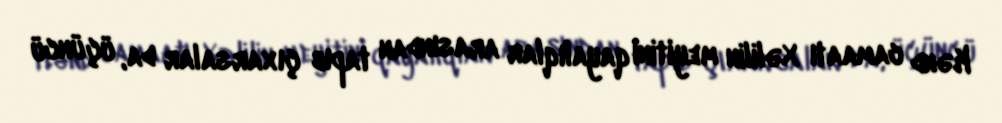
Kənd camaatı Xəlilin meyitini qayalıqlar arasından tapıb çıxarsalar da, üçüncü